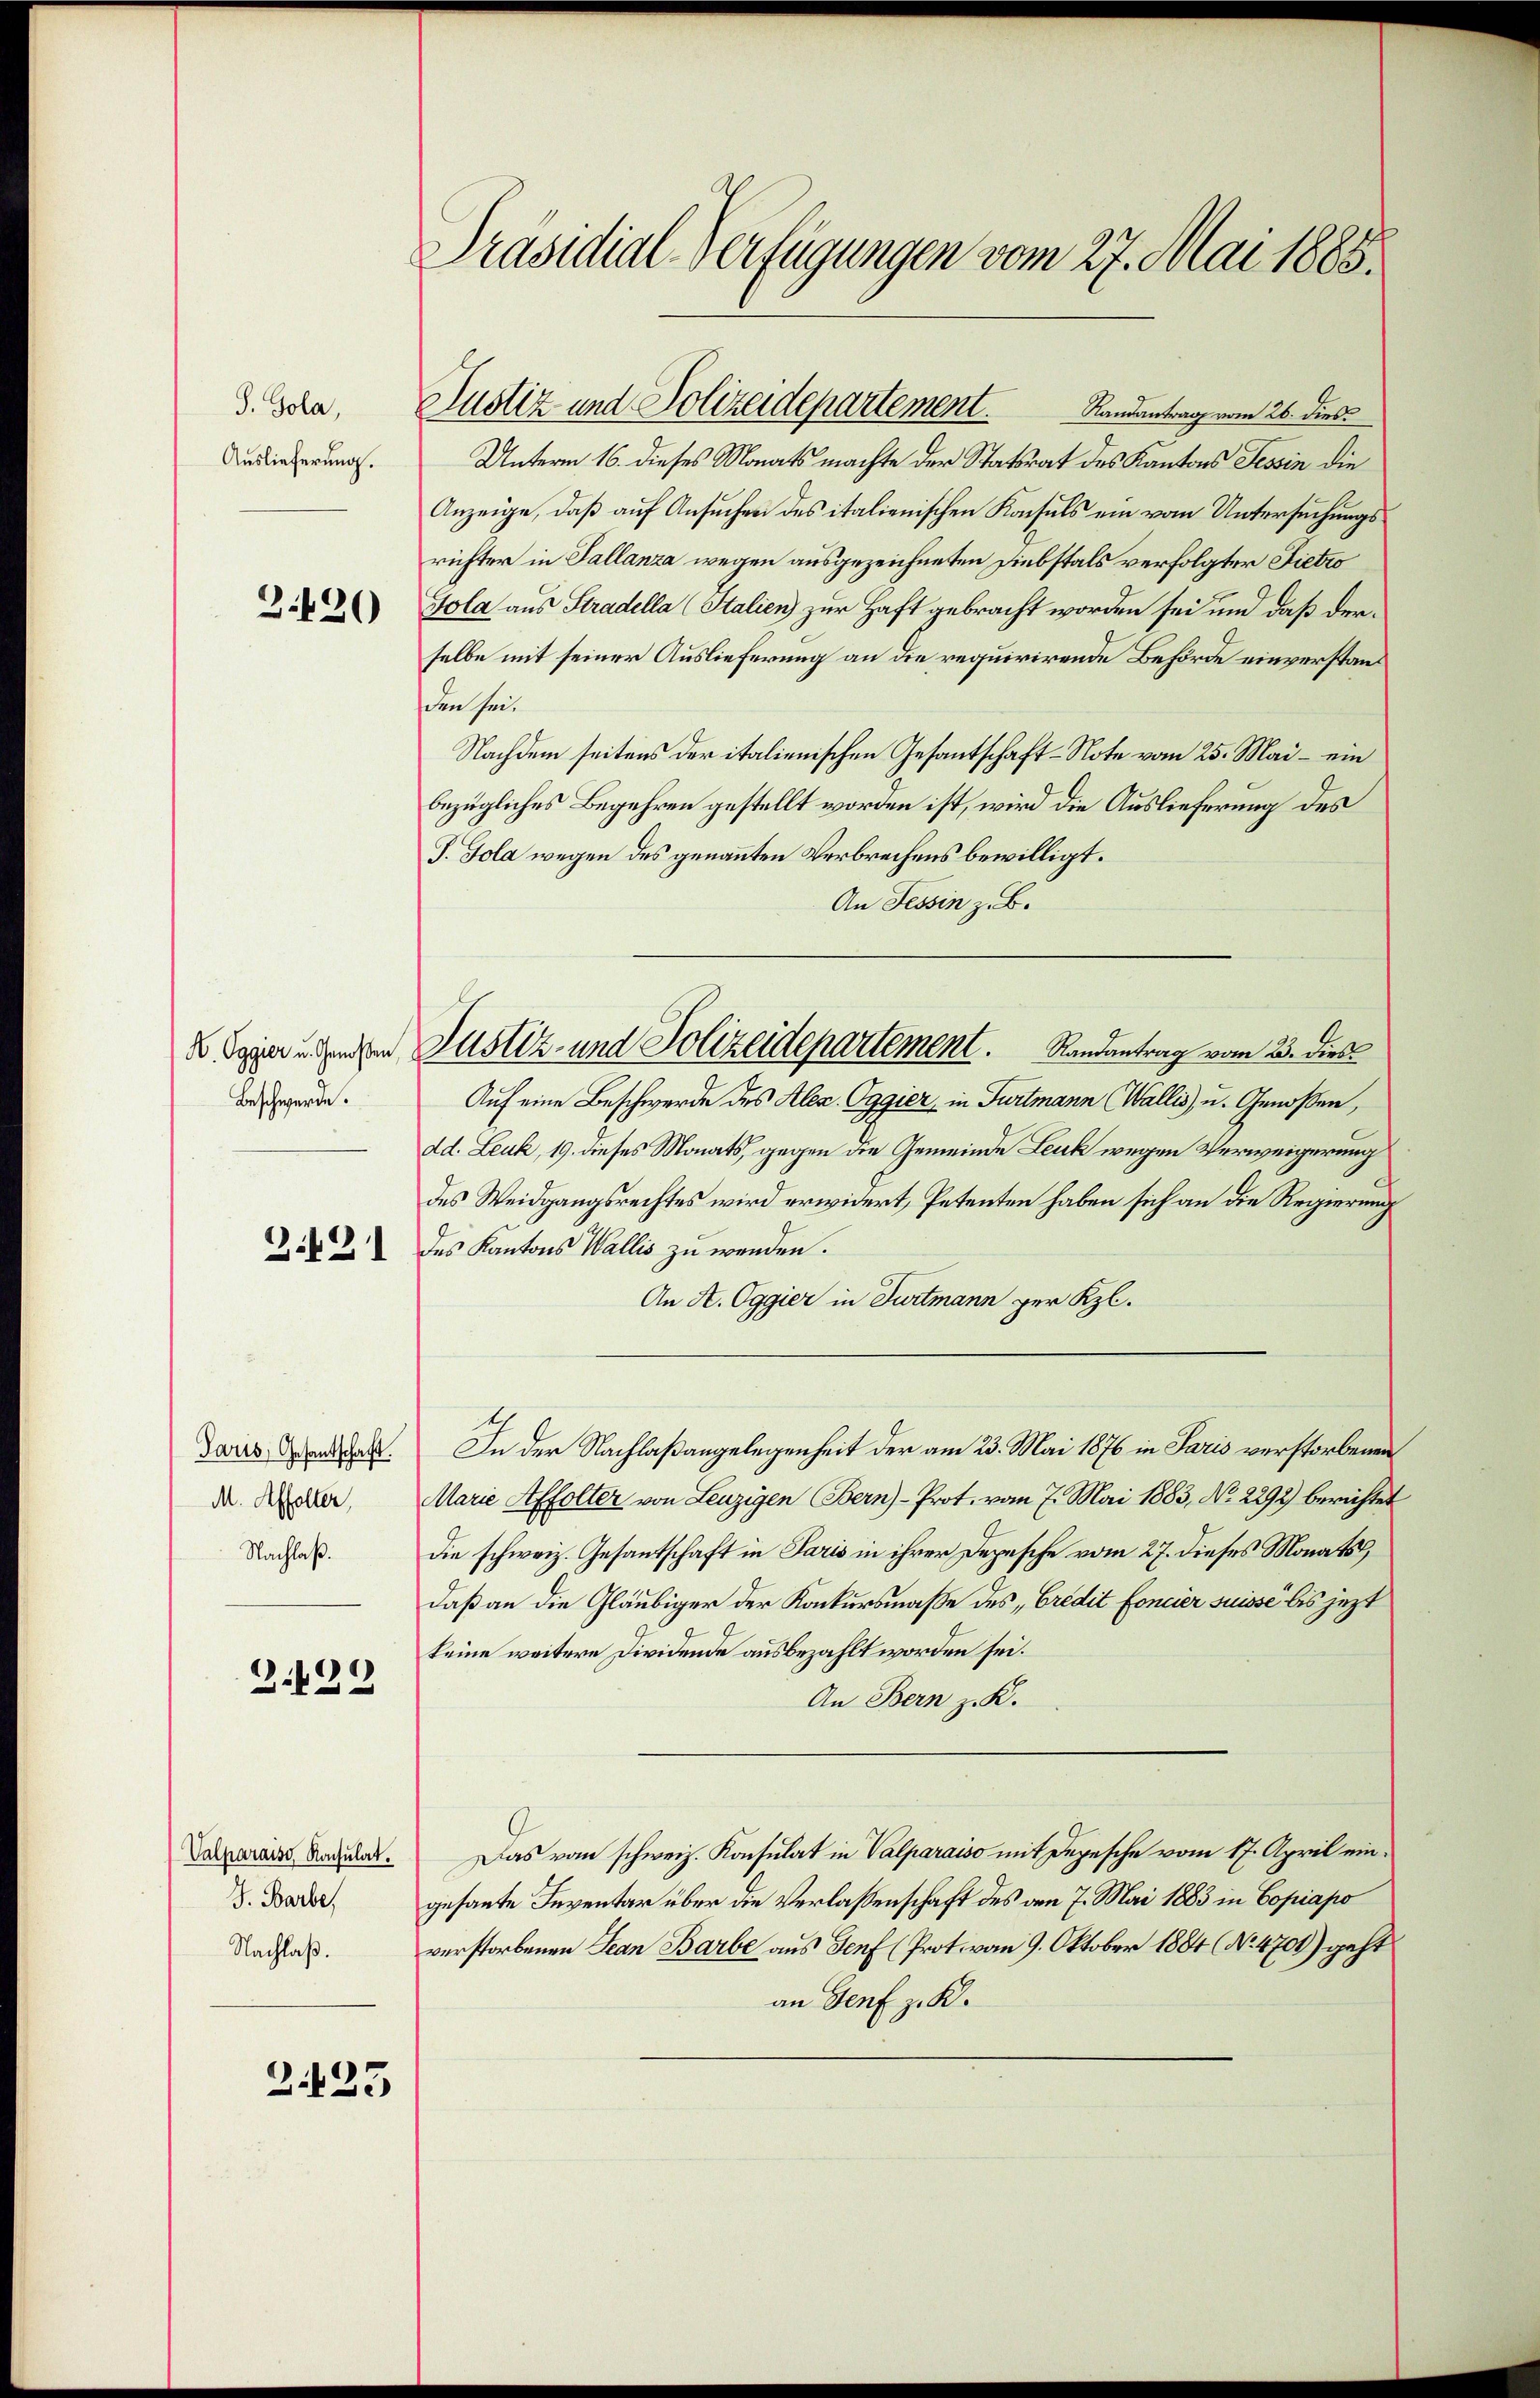
S. Gola,
Auslieferung.

3.430

Beschwerde.

3.421

Paris, Gesantschaft.
M. Affolter,
Nachlaß.

Z. 428

Valparais, Rochulat.
J. Barbe,
Nachlaß.

223

Präsidial-Verfügungen vom 27. Mai 1888.

Unterm 16. dieses Monats machte der Statsrat des Kantons Tessin die
Anzeige, daß auf Ansuchen des italienischen Konsuls ein vom Untersuchungsrichter in Tallanza wegen ausgezeichneten Diebstals verfolgter Fietro
Gola aus Stradella (Italien) zur Haft gebracht worden sei und daß derselbe mit seiner Auslieferung an die requirirende Behörde einverstand
den sei.
Nachdem seitens der italienischen Gesantschaft-Note vom 25. Mai – ein
bezügliches Begehren gestellt worden ist, wird die Auslieferung des
J. Tola wegen des genannten Verbrechens bewilligt.
An Tessin z. B.
Auf eine Beschwerde des Alex. Oggier, in Furtmann Wallis u. Genoßen,
dd. Leuk, 19. dieses Monats, gegen die Gemeinde Leuk wegen Verweigerung
des Weidgangsrechtes wird erwidert, Petenten haben sich an die Regierung
des Kantons Wallis zu werden.
An A. Oggier in Furtmann per Kl.
In der Nachlaßangelegenheit der am 23. Mai 1876 in Paris verstorbenen
Marie Affolter von Leuzigen Bern)-Prot. vom 7. Mai 1883, No 2292) berichtet
die schweiz. Gesantschaft in Paris in ihrer Depesche vom 27. dieses Monats,
daß an die Gläubiger der Konkursmaße des Credit foncier suisse bis jetzt
keine weitere Dividende ausbezahlt worden sei.
An Bern z. K.
Das vom schweiz. Konsulat in Valparaiso mit Depesche vom 17. April eingesante Inventar über die Verlassenschaft des am 7. Mai 1883 in Copiapo
verstorbenen Jean Barbe aus Genf (Prot. vom 9. Oktober 1884 (No. 4700) geht
an Genf z. K.

Justiz und Polizeidepartement. Landantrag vom 26. dies

u. Egger unenden Justiz- und Polizeidepartement.   Randantrag vom 23. dies